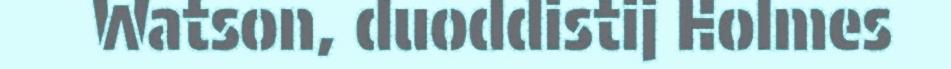
Watson, duoddistij Holmes